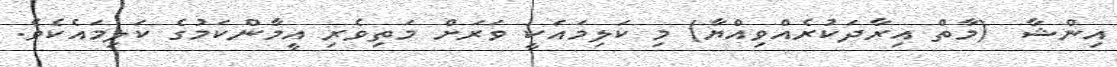
އިންޝާ  (މާތް އިރާދަކުރެއްވިއްޔާ) މި ކަލިމައަކީ ވަރަށް މަތިވެރި އީމާންކަމުގެ ކަލިމައެކެވެ.